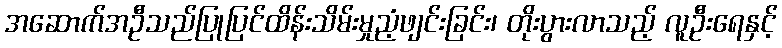
အဆောက်အဦသည်ပြုပြင်ထိန်းသိမ်းမှုညံ့ဖျင်းခြင်း၊ တိုးပွားလာသည့် လူဦးရေနှင့်